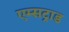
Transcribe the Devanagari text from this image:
एम्सट्राड